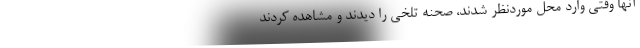
آنها وقتی وارد محل موردنظر شدند، صحنه تلخی را دیدند و مشاهده کردند